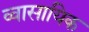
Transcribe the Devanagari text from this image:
व्वासायिक